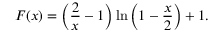
F ( x ) = \left( { \frac { 2 } { x } } - 1 \right) \ln \left( 1 - { \frac { x } { 2 } } \right) + 1 .